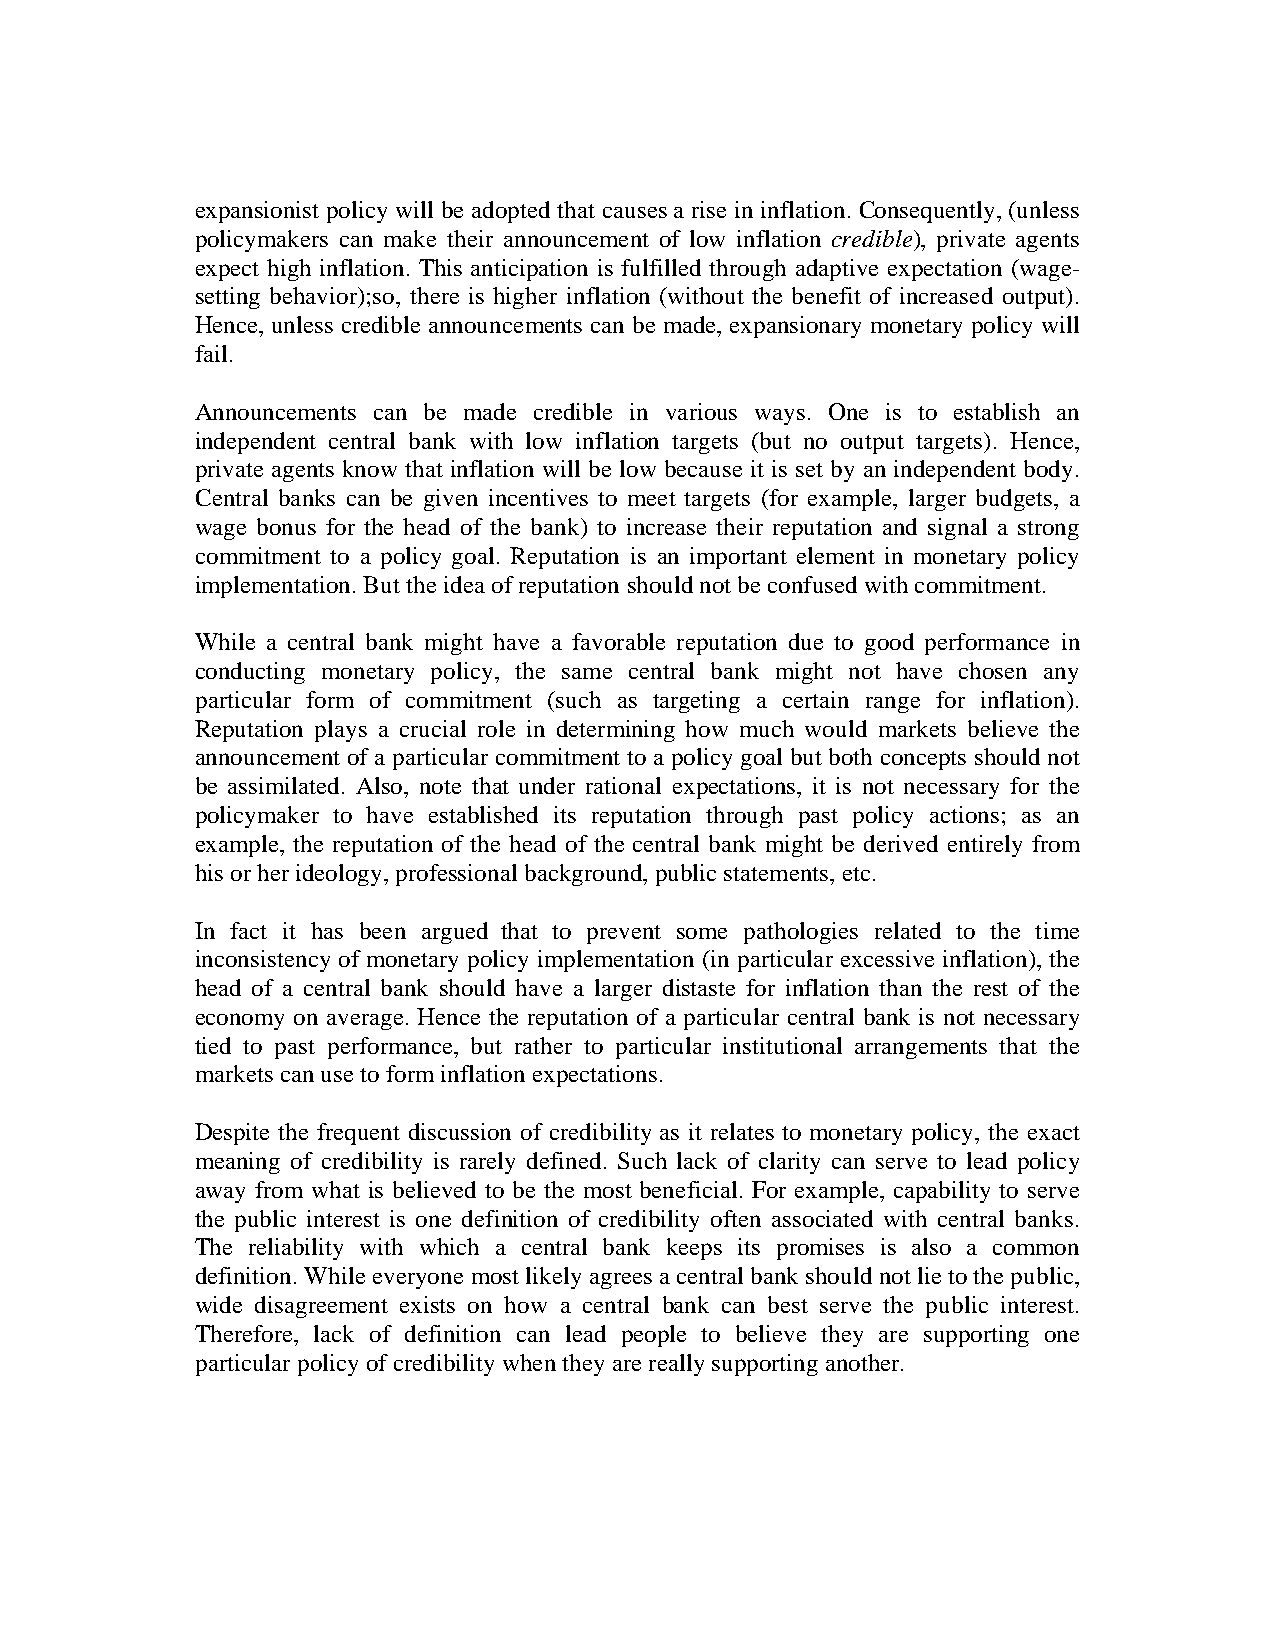
expansionist policy will be adopted that causes a rise in inflation. Consequently, (unless
 policymakers can make their announcement of low inflation credible), private agents
 expect high inflation. This anticipation is fulfilled through adaptive expectation (wage-
 setting behavior);so, there is higher inflation (without the benefit of increased output).
 Hence, unless credible announcements can be made, expansionary monetary policy will
 fail.
 Announcements can be made credible in various ways. One is to establish an
 independent central bank with low inflation targets (but no output targets). Hence,
 private agents know that inflation will be low because it is set by an independent body.
 Central banks can be given incentives to meet targets (for example, larger budgets, a
 wage bonus for the head of the bank) to increase their reputation and signal a strong
 commitment to a policy goal. Reputation is an important element in monetary policy
 implementation. But the idea of reputation should not be confused with commitment.
 While a central bank might have a favorable reputation due to good performance in
 conducting monetary policy, the same central bank might not have chosen any
 particular form of commitment (such as targeting a certain range for inflation).
 Reputation plays a crucial role in determining how much would markets believe the
 announcement of a particular commitment to a policy goal but both concepts should not
 be assimilated. Also, note that under rational expectations, it is not necessary for the
 policymaker to have established its reputation through past policy actions; as an
 example, the reputation of the head of the central bank might be derived entirely from
 his or her ideology, professional background, public statements, etc.
 In fact it has been argued that to prevent some pathologies related to the time
 inconsistency of monetary policy implementation (in particular excessive inflation), the
 head of a central bank should have a larger distaste for inflation than the rest of the
 economy on average. Hence the reputation of a particular central bank is not necessary
 tied to past performance, but rather to particular institutional arrangements that the
 markets can use to form inflation expectations.
 Despite the frequent discussion of credibility as it relates to monetary policy, the exact
 meaning of credibility is rarely defined. Such lack of clarity can serve to lead policy
 away from what is believed to be the most beneficial. For example, capability to serve
 the public interest is one definition of credibility often associated with central banks.
 The reliability with which a central bank keeps its promises is also a common
 definition. While everyone most likely agrees a central bank should not lie to the public,
 wide disagreement exists on how a central bank can best serve the public interest.
 Therefore, lack of definition can lead people to believe they are supporting one
 particular policy of credibility when they are really supporting another.